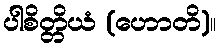
ပါစိတ္တိယံ (ဟောတိ)။